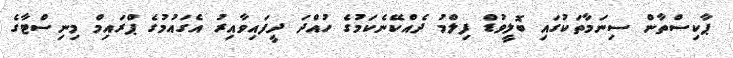
ޕާކިސްތާން ސިނަމާތަކުގައި ބޮލީވުޑް ފިލްމު ދެއްކޭނެކަމުގެ ހުއްދަ ދީފައިވާއިރު އެގައުމުގެ ޕްރައިމް މިނިސްޓާގެ